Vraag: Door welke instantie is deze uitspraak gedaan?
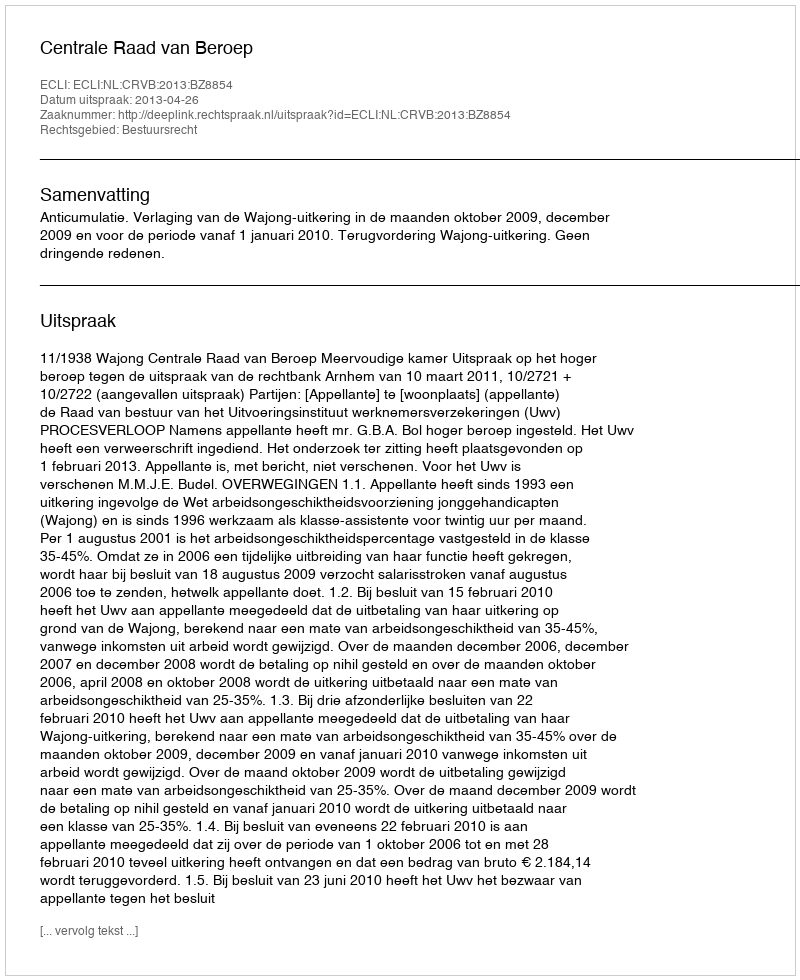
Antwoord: Centrale Raad van Beroep